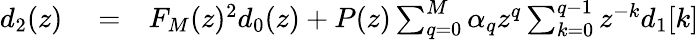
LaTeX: \begin{array}{rlr}{d_{2}(z)}&{{}=}&{F_{M}(z)^{2}d_{0}(z)+P(z)\sum_{q=0}^{M}\alpha_{q}z^{q}\sum_{k=0}^{q-1}z^{-k}{d_{1}[k]}}\end{array}